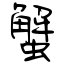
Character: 蟹